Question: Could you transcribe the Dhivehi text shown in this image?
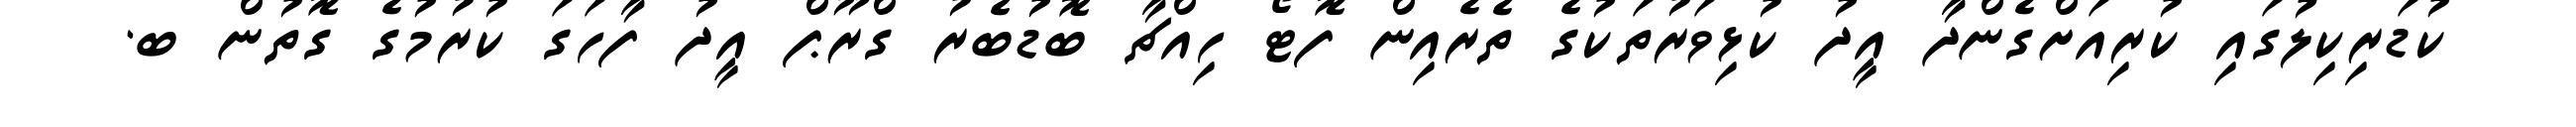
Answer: ކުޑަރިކިލުގައި ކުރިއަށްގެންދާ އީދު ކުޅިވަރުތަކުގެ ތެރެއިން ފޮޓޯ ހިއްޗާ ބޮޑުބެރު ގްރޫޕް އީދު ފާހަގަ ކުރުމުގެ ގޮތުން ބ.